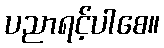
ပညာရင့်ပါစေ။